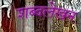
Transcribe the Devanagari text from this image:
शब्दलेखन